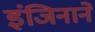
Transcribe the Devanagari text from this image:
इंजिनाने